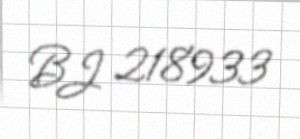
BJ 218933